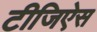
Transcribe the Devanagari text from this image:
टीजिऐस